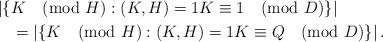
LaTeX: \begin{align*} & \left|\{ K \pmod H : (K,H)=1 K \equiv 1 \pmod D \}\right| \\& \quad= \left| \{ K \pmod{H} : (K, H)=1 K \equiv Q \pmod D \}\right|.\end{align*}